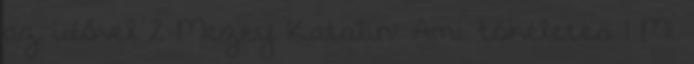
az idővel 2 Mezey Katalin: Ami tökéletes 1 Mi